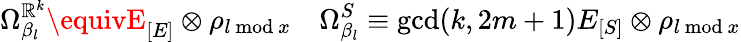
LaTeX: \Omega_{\beta_{l}}^{\mathbb{R}^{k}}\equivE_{[E]}\otimes\rho_{l\mathrm{{~mod~}}x}~~~~\Omega_{\beta_{l}}^{S}\equiv\mathrm{{gcd}}(k,2m+1)E_{[S]}\otimes\rho_{l\mathrm{{~mod~}}x}